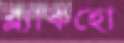
ব্ল্যাকহো